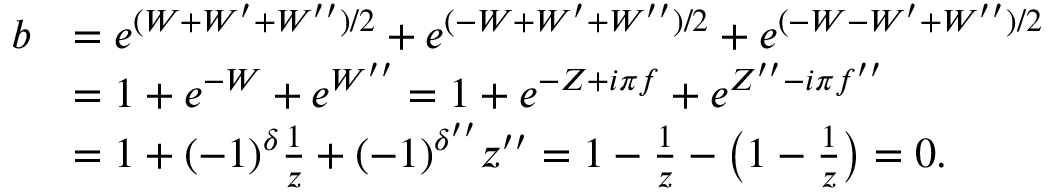
\begin{array} { r l } { b } & { = e ^ { ( W + W ^ { \prime } + W ^ { \prime \prime } ) / 2 } + e ^ { ( - W + W ^ { \prime } + W ^ { \prime \prime } ) / 2 } + e ^ { ( - W - W ^ { \prime } + W ^ { \prime \prime } ) / 2 } } \\ & { = 1 + e ^ { - W } + e ^ { W ^ { \prime \prime } } = 1 + e ^ { - Z + i \pi f } + e ^ { Z ^ { \prime \prime } - i \pi f ^ { \prime \prime } } } \\ & { = 1 + ( - 1 ) ^ { \delta } \frac { 1 } { z } + ( - 1 ) ^ { \delta ^ { \prime \prime } } z ^ { \prime \prime } = 1 - \frac { 1 } { z } - \bigl ( 1 - \frac { 1 } { z } \bigr ) = 0 . } \end{array}